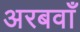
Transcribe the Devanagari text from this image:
अरबवाँ